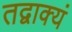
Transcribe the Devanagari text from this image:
तद्वाक्यं